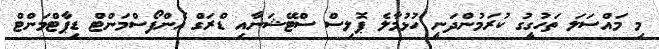
މި މައްސަލަ ތަހުގީގު ކުރަމުންދަނީ ހުޅުމާލެ ޕޮލިސް ސްޓޭޝަނާއި ޑްރަގް އެންފޯސްމަންޓް ޑިޕާޓްމަންޓް